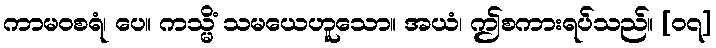
ကာမဝစရံ၊ ပေ။ ကသ္မိံ သမယေဟူသော။ အယံ၊ ဤစကားရပ်သည်။ [၀၇]